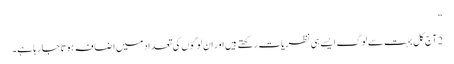
‏“‏
2 آج‌کل بہت سے لوگ ایسے ہی نظریات رکھتے ہیں اور اِن لوگوں کی تعداد میں اِضافہ ہوتا جا رہا ہے۔